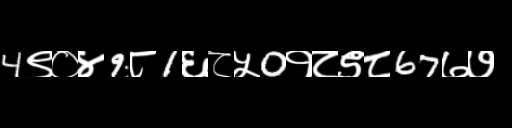
Text: 4९०४9८1६८५0१८९८67७७